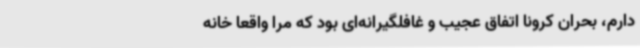
دارم، بحران کرونا اتفاق عجیب و غافلگیرانه‌ای بود که مرا واقعا خانه‌